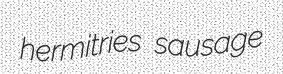
hermitries sausage